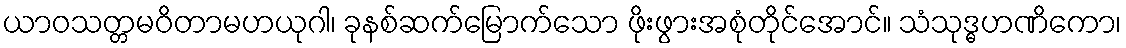
ယာဝသတ္တမဝိတာမဟယုဂါ၊ ခုနစ်ဆက်မြောက်သော ဖိုးဖွားအစုံတိုင်အောင်။ သံသုဒ္ဓဟဏိကော၊